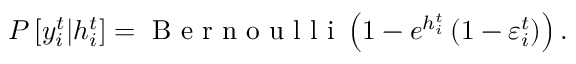
P \left[ y _ { i } ^ { t } | h _ { i } ^ { t } \right] = \mathrm { ~ B ~ e ~ r ~ n ~ o ~ u ~ l ~ l ~ i ~ } \left( 1 - e ^ { h _ { i } ^ { t } } \left( 1 - \varepsilon _ { i } ^ { t } \right) \right) .